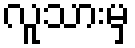
လူသားမှ